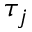
\tau _ { j }